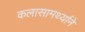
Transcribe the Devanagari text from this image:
कलासामर्थ्याने